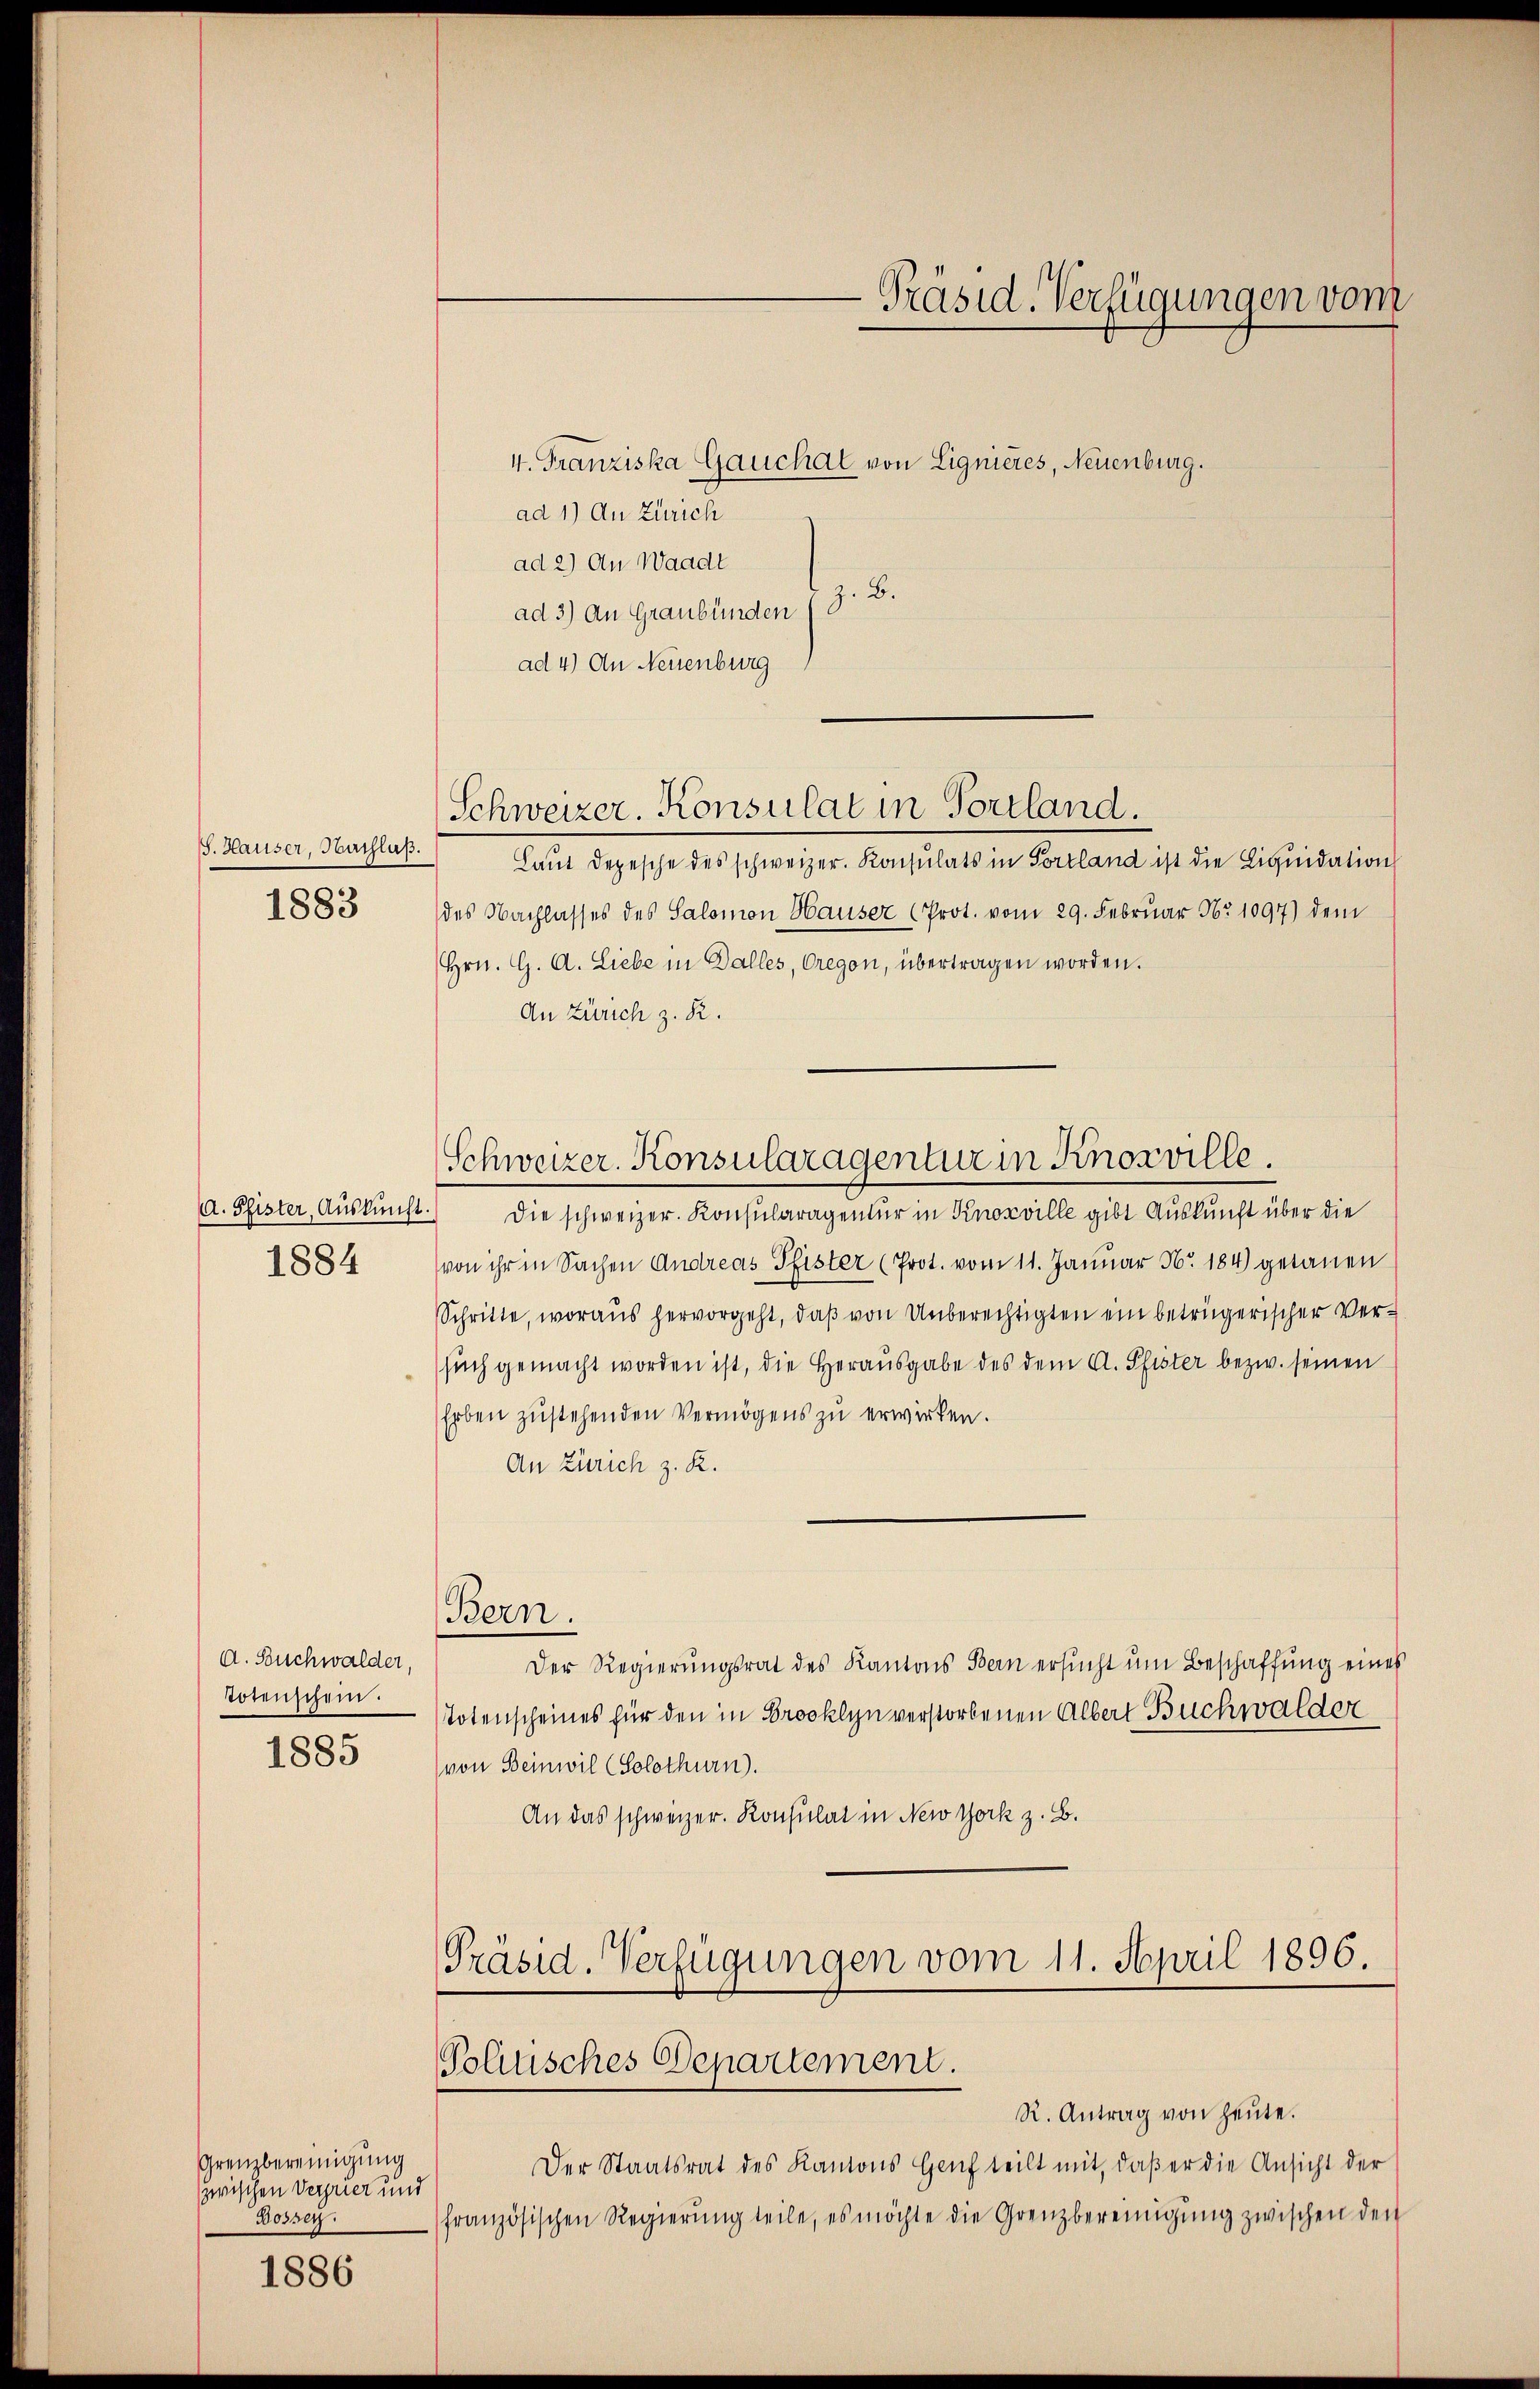
S. Hauser, Nachlaß.
1883

A. Pfister, Auskunft.
1884

A. Buchwalder,
Totenschein.
1885

Grenzbereinigung
zwischen Verner und
Bossey.

1886

ad 1) An Zürich
ad 2) An Waadt
z. B.
ad 3) An Graubünden
ad 4) An Neuenburg

Schweizer. Konsulat in Portland.

-Präsid. Verfügungen vom
4. Franziska Gauchal von Lignières, Neuenburg.

Laŭt Depesche des schweizer. Konsulats in Portland ist die Liquidation
des Nachlasses des Salomon Hauser (Prot. vom 29. Febrŭar Nr. 1097) dem
Hrn. G. A. Liebe in Balles, regen, übertragen worden.
An Zürich z. R.
Die schweizer. Konsularagentur in Knosville gibt Auskunft über die
von ihr in Sachen Andreas Pfister (Prot. vom 11. Januar Nr. 184) getanen
Schritte, woraus hervorgeht, daß von Unberechtigten ein beträgerischer Versuch gemacht worden ist, die Herausgabe des dem A. Pfister bezw. seinen
Erben zustehenden Vermögens zu erwirken.
An Zürich z. R.
Bern.
Der Regierungsrat des Kantons Bern ersucht um Beschaffung eines
Totenscheines für den in Brooklyn verstorbenen Albert Buchwalder
von Beinwil (Solothurn).
An das schweizer. Konsulat in New York z. B.
Präsid. Verfügungen vom 11. April 1896.

Schweizer. Konsularagentur in Knosville.

Politisches Departement.
R. Antrag von heute.

Der Staatsrat des Kantons Genf teilt mit, daβ er die Ansicht der
französischen Regierŭng teile, es möchte die Grenzbereinigŭng zwischen den